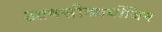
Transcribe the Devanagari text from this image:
आक्‍सीकार्बोजिम